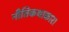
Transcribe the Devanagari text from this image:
नीतिकथाकार।